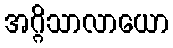
အဂ္ဂိသာလာယော